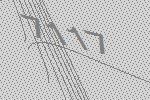
7117